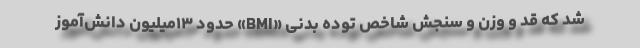
شد که قد و وزن و سنجش شاخص توده بدنی «BMI» حدود ۱۳میلیون دانش‌آموز